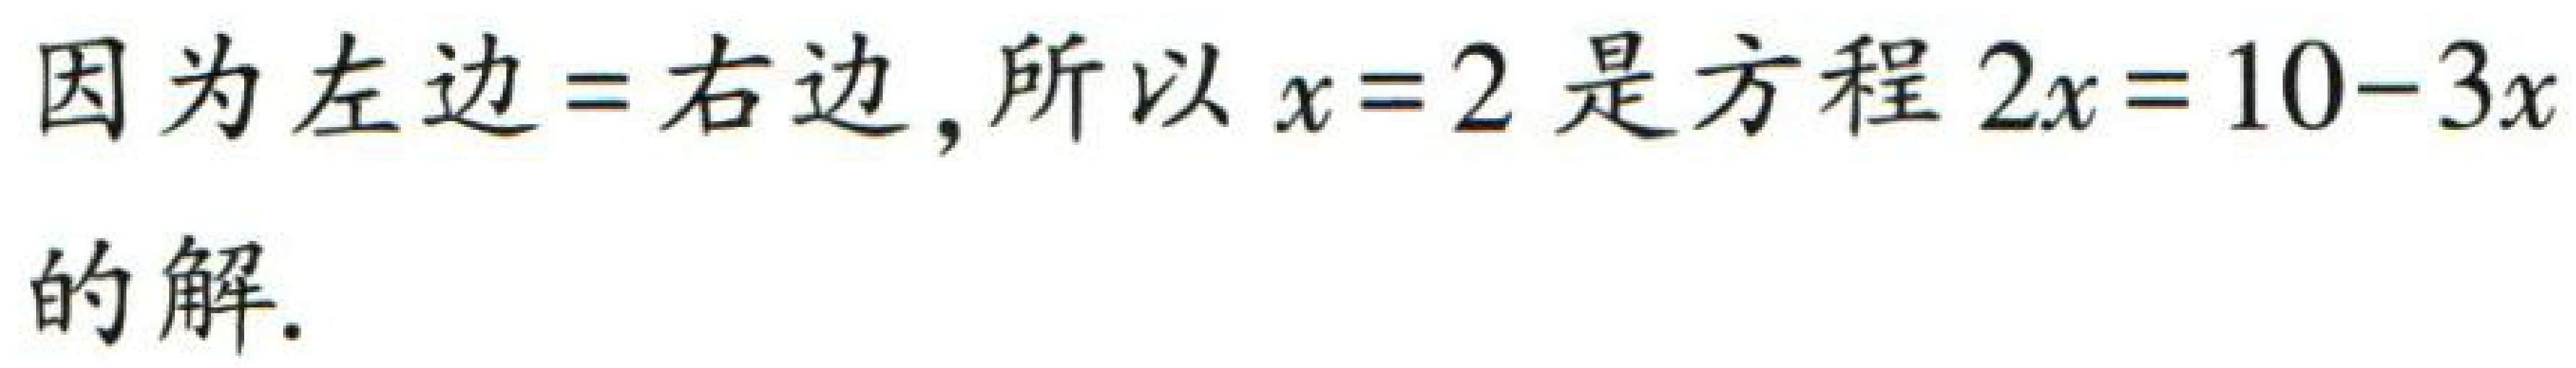
因为左边=右边,所以\(x = 2\)是方程\(2x=10 - 3x\)的解.